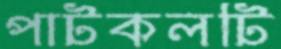
পাটকলটি